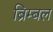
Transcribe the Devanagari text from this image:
ब्रिम्बल